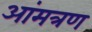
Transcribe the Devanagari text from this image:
आंमत्रण